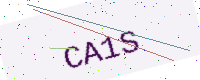
Text: CA1S